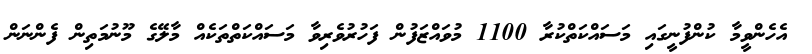
އެހެންވީމާ ކުންފުނީގައި މަސައްކަތްކުރާ 1100 މުވައްޒަފުން ފަހުރުވެރިވާ މަސައްކަތްތަކެއް މާލޭގެ މޫނުމަތިން ފެންނަން